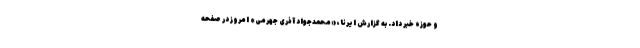
و حوزه خبر داد. به گزارش ایرنا، «محمدجواد آذری جهرمی» امروز در صفحه